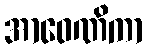
အာဝေဏိကာ